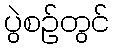
ပွဲစဉ်တွင်